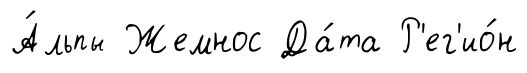
А́льпы Жемнос Да́та Р'ег'ио́н